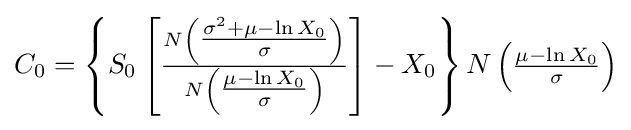
C_{0}=\left\{S_{0}\left[{\tfrac {N\left({\tfrac {\sigma ^{2}+\mu -\ln X_{0}}{\sigma }}\right)}{N\left({\tfrac {\mu -\ln X_{0}}{\sigma }}\right)}}\right]-X_{0}\right\}N\left({\tfrac {\mu -\ln X_{0}}{\sigma }}\right)